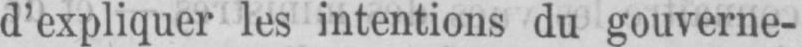
d’expliquer les intentions du gouverne-